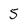
Character: 5